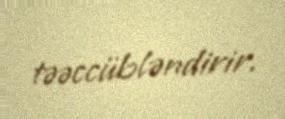
təəccübləndirir.